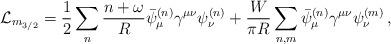
LaTeX: \begin{align*}\mathcal{L}_{m_{3/2}}=\frac{1}{2}\sum_n\frac{n+\omega}{R}\bar\psi^{(n)}_{\mu} \gamma^{\mu\nu}\psi^{(n)}_{\nu}+\frac{W}{\pi R}\sum_{n,m}\bar\psi^{(n)}_{\mu} \gamma^{\mu\nu}\psi^{(m)}_{\nu}\, ,\end{align*}